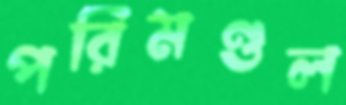
পরিমণ্ডল